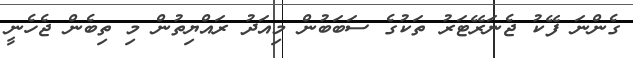
ގެންނަ ފޭކު ޖެނަރޭޓަރު ތަކުގެ ސަބަބުން މިއަދު ރައްޔިތުން މި ތިބެން ޖެހެނީ